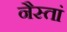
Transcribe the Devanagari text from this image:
नैस्तां